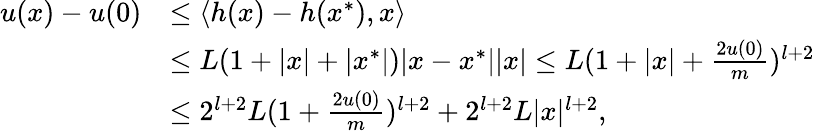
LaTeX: \begin{array}{rl}{u(x)-u(0)}&{\leq\langle h(x)-h(x^{*}),x\rangle}\\ &{\leq L(1+|x|+|x^{*}|)|x-x^{*}||x|\leq L(1+|x|+\frac{2u(0)}{m})^{l+2}}\\ &{\leq 2^{l+2}L(1+\frac{2u(0)}{m})^{l+2}+2^{l+2}L|x|^{l+2},}\end{array}